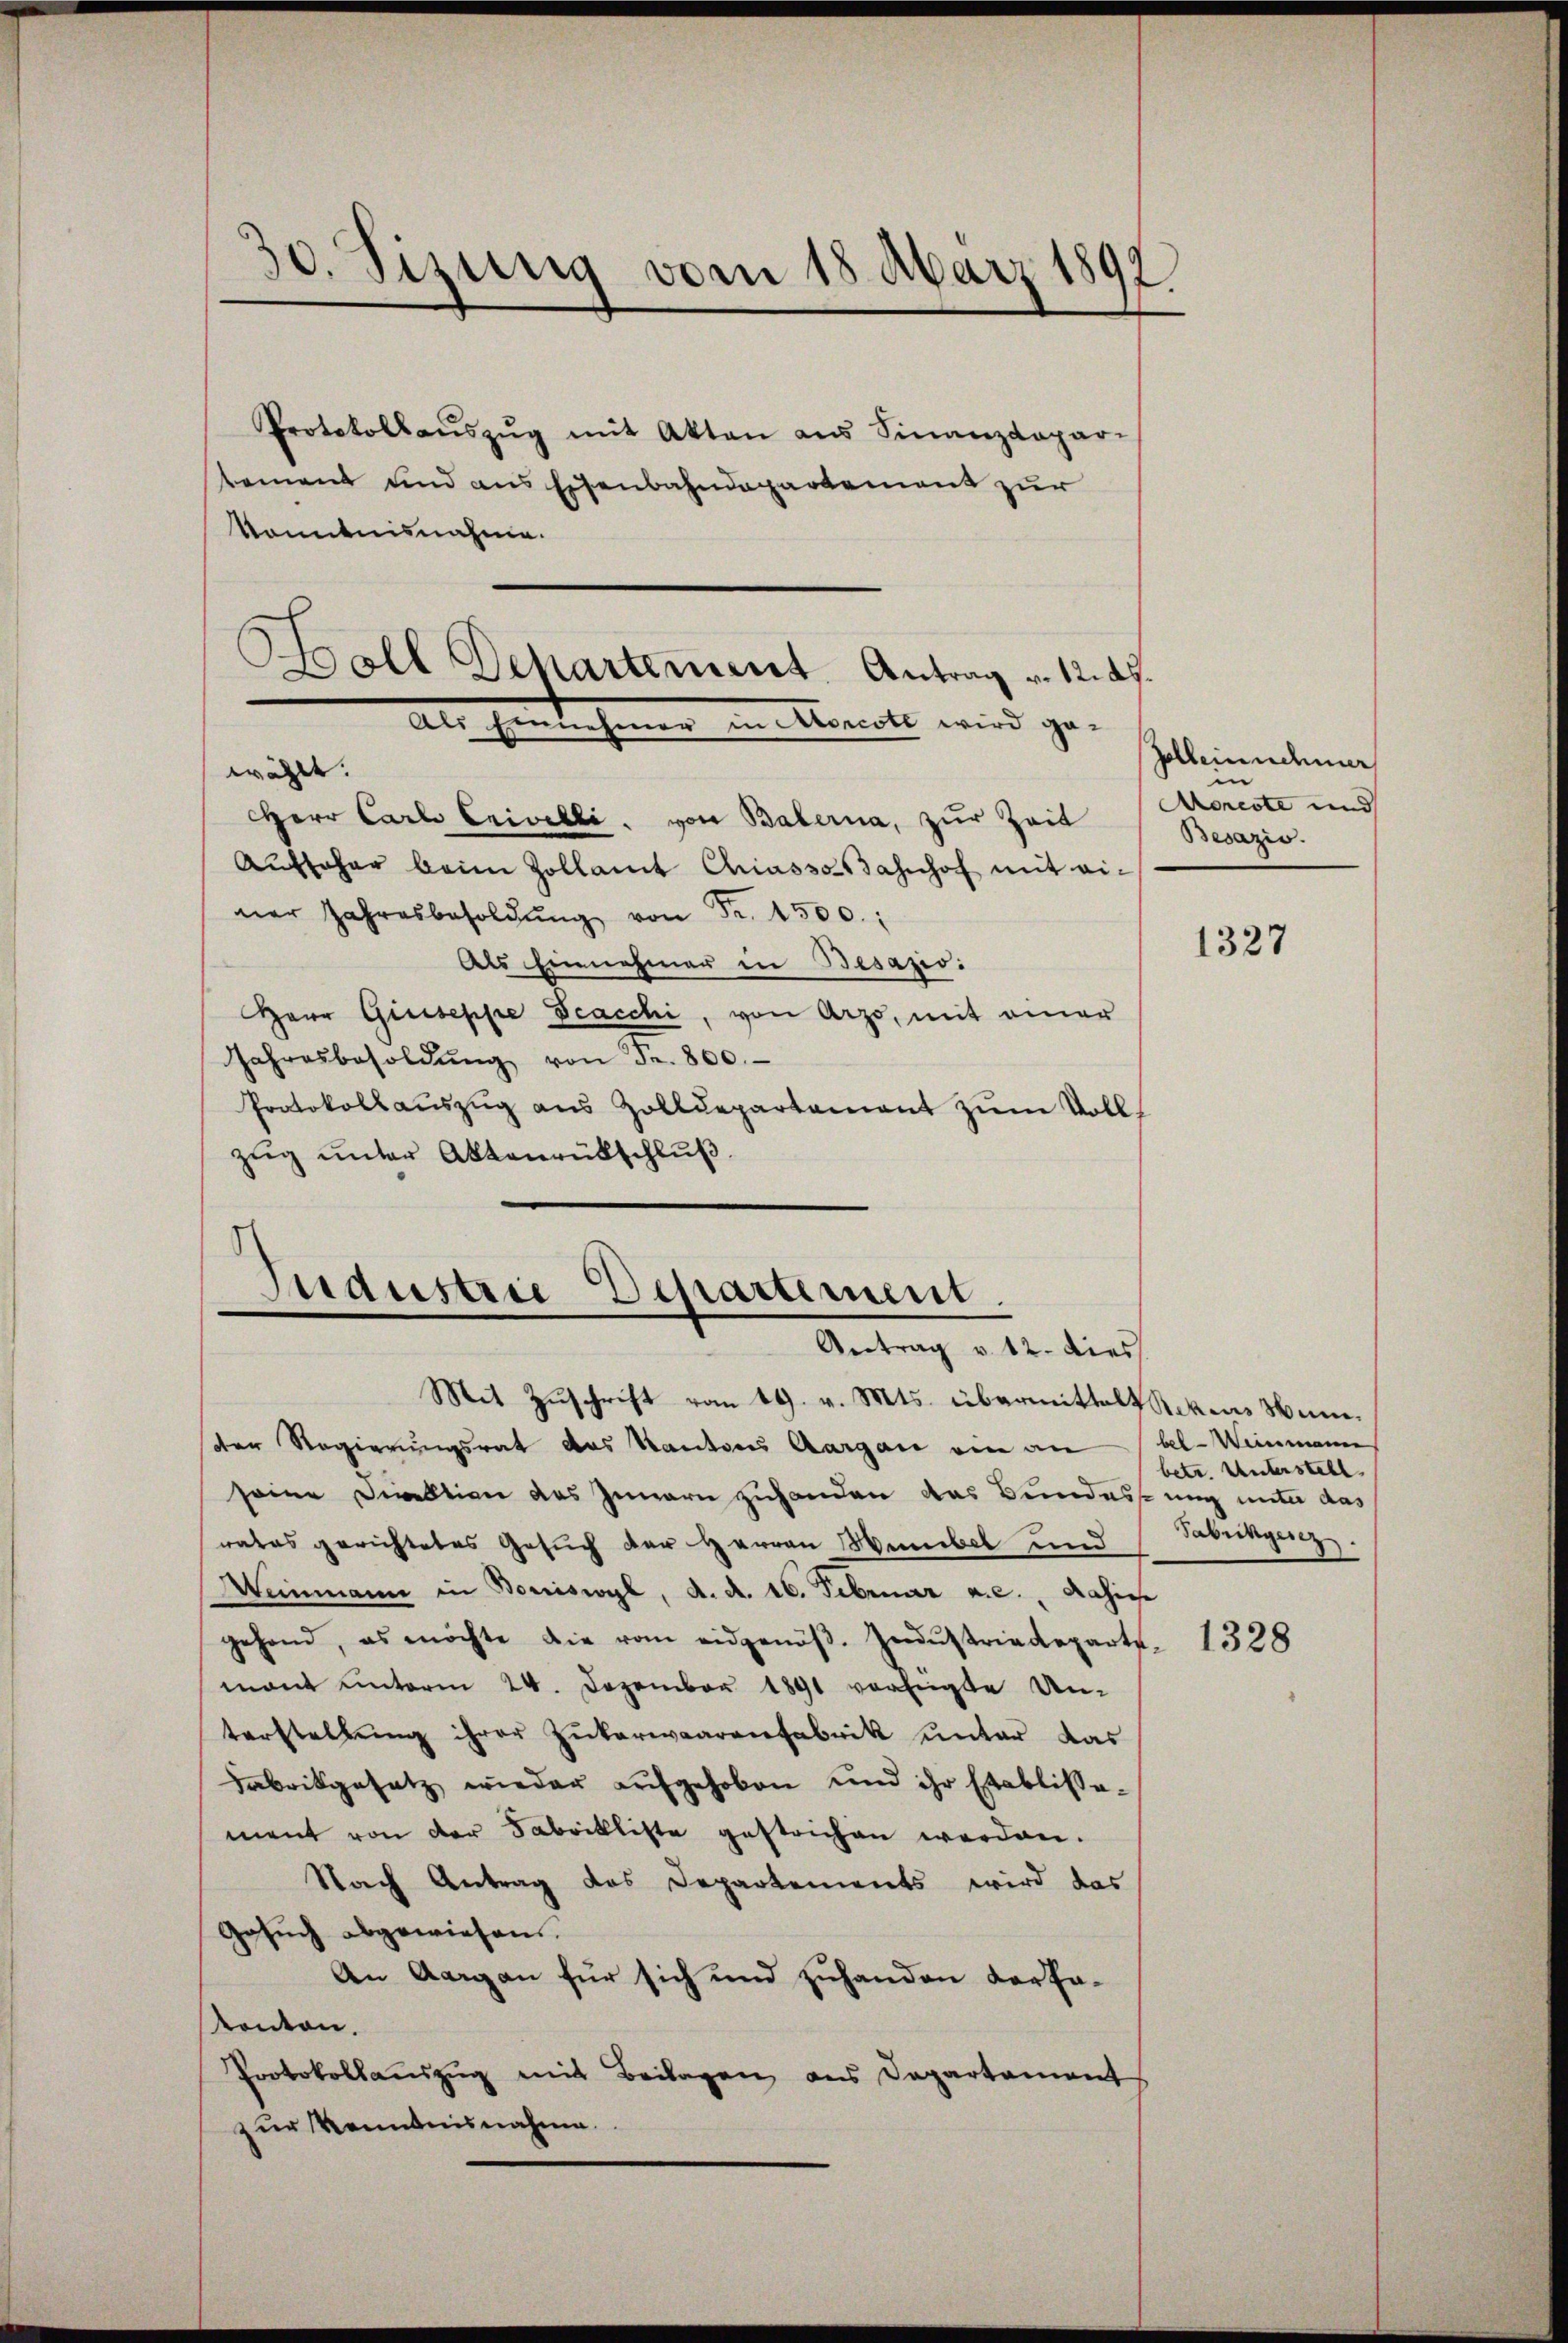
30. Sizung vom 18. März 1892

Protokollaŭszŭg mit Akten aus Finanzdepar-
tement und aus Eisenbahndepartement zur
konntnisnahme.
wählt.
Herr Carlo Crivelli, von Baberna, zur Zeit
Aŭffaher beim Zollamt Chiasso Bahnhof mit einer Jahresbesoldŭng von Fr. 1500.
Als Einnehmer in Besazio
Herr Giuseppe Scacchi, von Arzo, mit einer
Jahresbesoldŭng von Fr. 800.
Protokollaŭszŭg aŭs Zolldepartament zŭm Vollzug unter Aktenrübschluß

Boll Departement Antrag v. 12. d.
Als Herrechenen im Monat wird ge¬

8
Industrie Departement.
Antrag v. 12. dies
Mit Zŭschrift vom 19. v. Mts. übermittelt Sekens un-

ster Regierungsrat das Kantons Aargau ein an bel. Weinmann
seine Direktion des Innern zuhanden das Bundessung unter das
rates gerichtetes Gesuch der Herren Menibel und
Heinmann in Boniswyl, d. d. 16. Februar a.c.  Rasier
gehend, es möchte die vom eidgenöβ. Indŭstriedeparte-
mant unterm 24. Dezember 1891 verfügte Unterstellŭng ihrer Zukerwaarenfabrik unter das
Fabrikgesetz wieder aufgehoben und ihr Etablisse-
ment von der Fabrikliste gestrichen werden.
Nach Antrag das Departements wird das
Gesŭch abgewiesen.
An Aargau für sich und zuhanden der Fakonton.
Protokollaŭszŭg mit Beilagen aus Departement
zur Kenntnisnahme.

Galleinnehmer
i
Aoreste und
Besazio

1327

betr. Unterstell
Sabrikgesez

1328